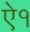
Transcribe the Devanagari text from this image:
ऐ१